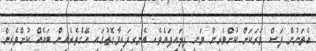
އެތަނުން ފަސް ވަރަކަށް ކުށްވެރިން ވަނީ ފިލައިފައެވެ. އެނގިފައިވާގޮތުގައި އޭގެތެރެއިން ބައެއް ކުށްވެރިން